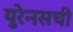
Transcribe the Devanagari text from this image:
युरेनसची